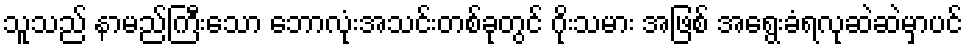
သူသည် နာမည်ကြီးသော ဘောလုံးအသင်းတစ်ခုတွင် ဂိုးသမား အဖြစ် အရွေးခံရလုဆဲဆဲမှာပင်